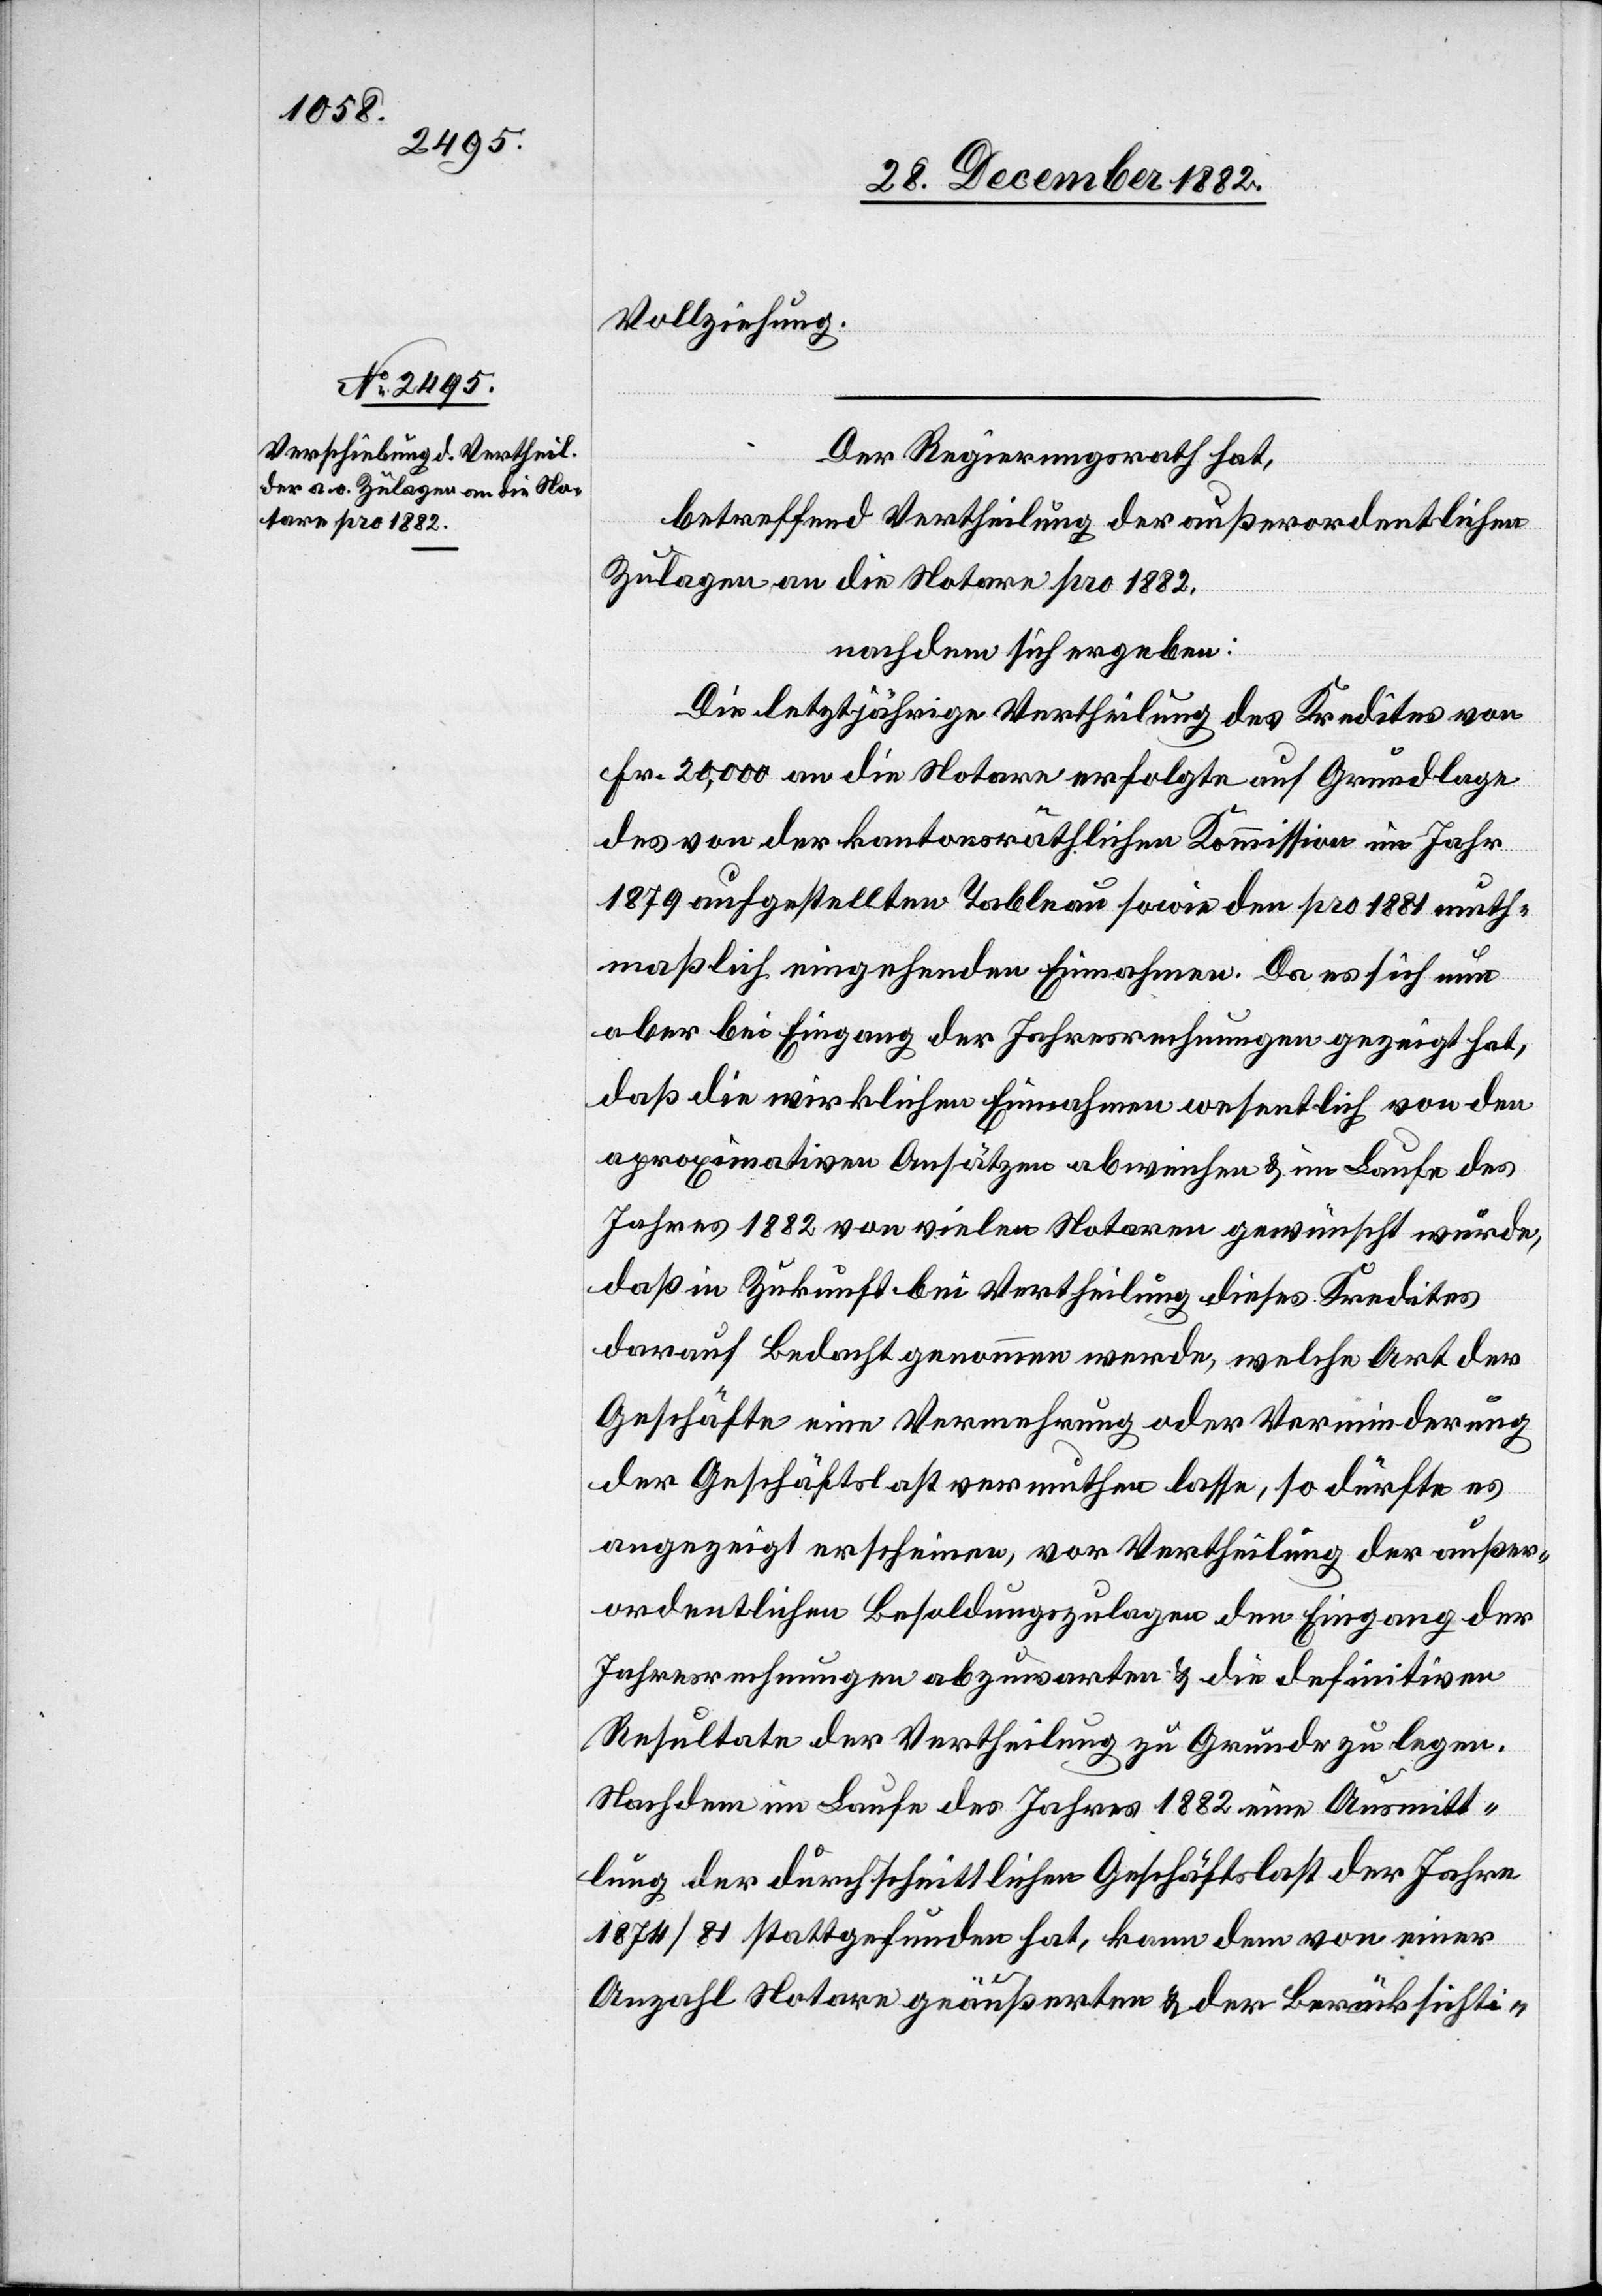
Vollziehung.
Der Regierungsrath hat,
betreffend Vertheilung der außerordentlichen
Zulagen an die Notare pro 1882,
nachdem sich ergeben:
Die letztjährige Vertheilung des Kredites von
Fr. 20,000 an die Notare erfolgte auf Grundlage
des von der kantonsräthlichen Kommission im Jahre
1879 aufgestellten Tableau sowie den pro 1881 muth¬
maßlich eingehenden Einnahmen. Da es sich nun
aber bei Eingang der Jahresrechnungen gezeigt hat,
daß die wirklichen Einnahmen wesentlich von den
ap[p]roximativen Ansätzen abweichen & im Laufe des
Jahres 1882 von vielen Notaren gewünscht wurde,
daß in Zukunft bei Vertheilung dieses Kredites
darauf Bedacht genommen werde, welche Art der
Geschäfte eine Vermehrung oder Verminderung
der Geschäftslast vermuthen lasse, so dürfte es
angezeigt erscheinen, vor Vertheilung der außer¬
ordentlichen Besoldungszulagen den Eingang der
Jahresrechnungen abzuwarten & die definitiven
Resultate der Vertheilung zu Grunde zu legen.
Nachdem im Laufe des Jahres 1882 eine Ausmitt¬
lung der durchschnittlichen Geschäftslast der Jahre
1874/81 stattgefunden hat, kann dem von einer
Anzahl Notare geäußerten & der Berücksichti-